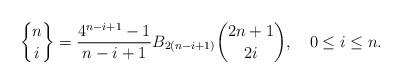
LaTeX: \begin{align*} {n\brace i} = \frac{4^{n-i+1}-1}{n-i+1}B_{2(n-i+1)}{2n+1\choose 2i}, \quad0\leq i \leq n.\end{align*}